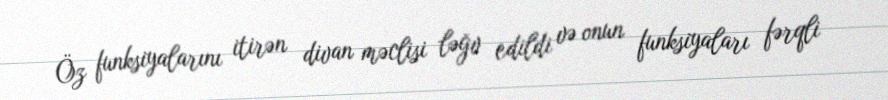
Öz funksiyalarını itirən divan məclisi ləğv edildi və onun funksiyaları fərqli